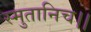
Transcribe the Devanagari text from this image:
स्मुतानिच।।